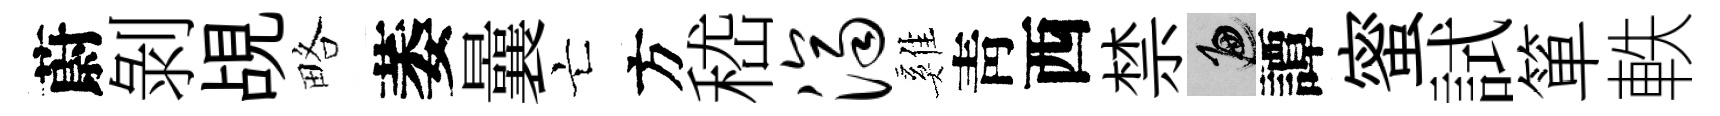
蔚剝覘略萎曩亡方嵇济雞靑西禁遍譚蜜試箪軼